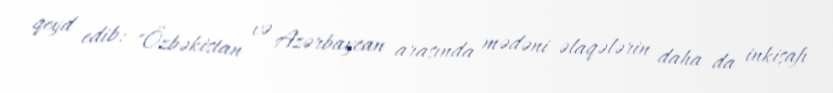
qeyd edib: "Özbəkistan və Azərbaycan arasında mədəni əlaqələrin daha da inkişafı